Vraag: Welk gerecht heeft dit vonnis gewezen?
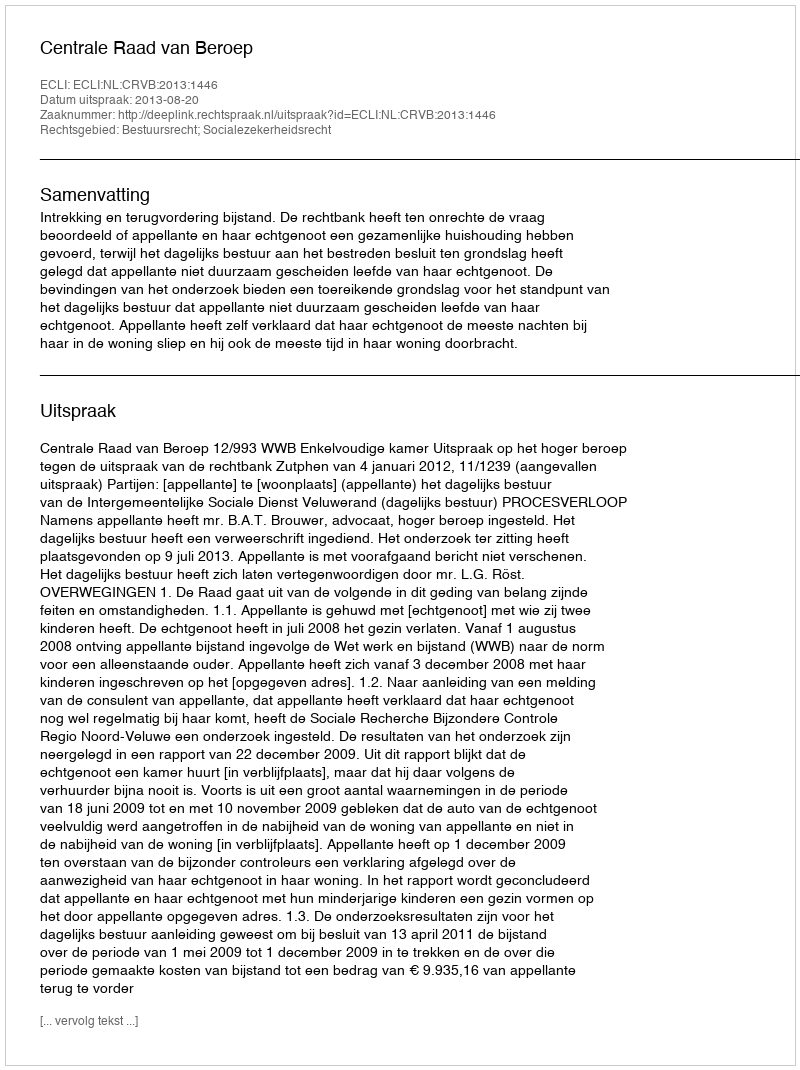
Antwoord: Centrale Raad van Beroep